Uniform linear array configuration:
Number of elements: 16
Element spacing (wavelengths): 0.25
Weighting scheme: exponential
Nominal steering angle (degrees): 60
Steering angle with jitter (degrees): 60.603
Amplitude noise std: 0.05
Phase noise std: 0.05

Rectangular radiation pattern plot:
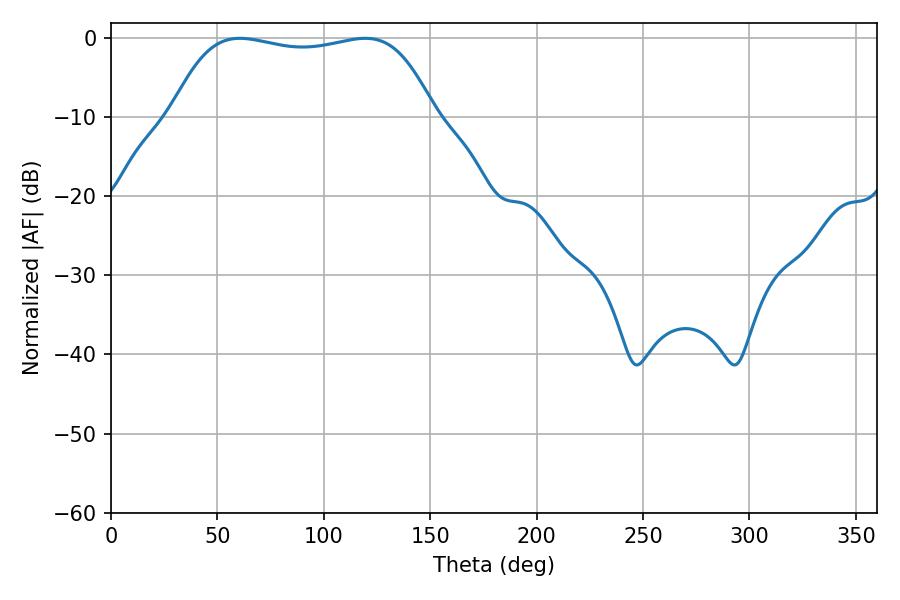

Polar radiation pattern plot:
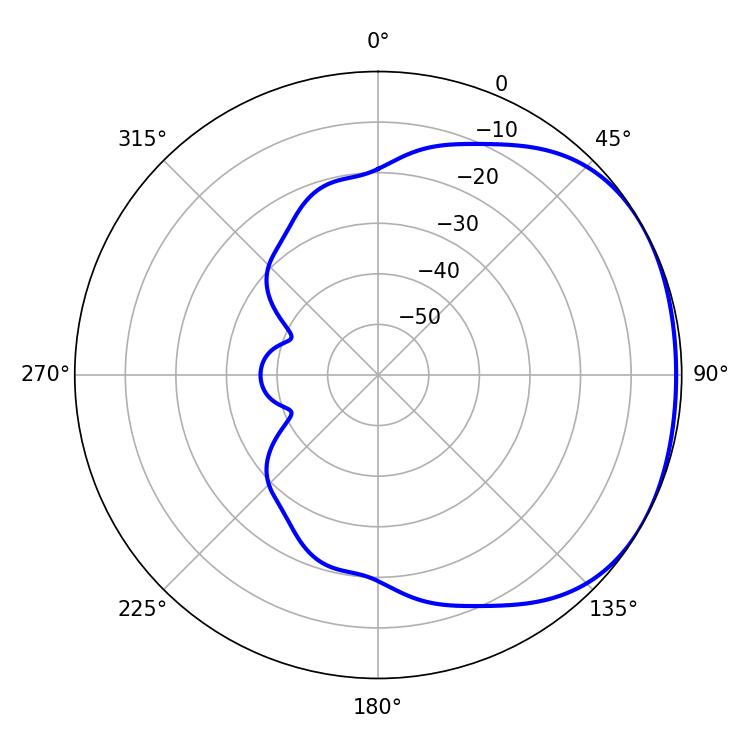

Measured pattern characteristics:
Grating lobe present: FALSE
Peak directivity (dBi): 1.563
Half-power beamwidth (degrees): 98.28
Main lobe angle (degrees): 60.48